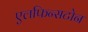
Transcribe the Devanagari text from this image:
एलफिन्सटोन